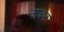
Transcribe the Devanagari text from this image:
नाबर